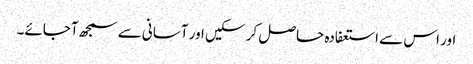
اور اس سے استعفادہ حاصل کر سکیں اور آسانی سے سمجھ آجائے۔